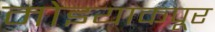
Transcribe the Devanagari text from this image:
मोइयाकपूर